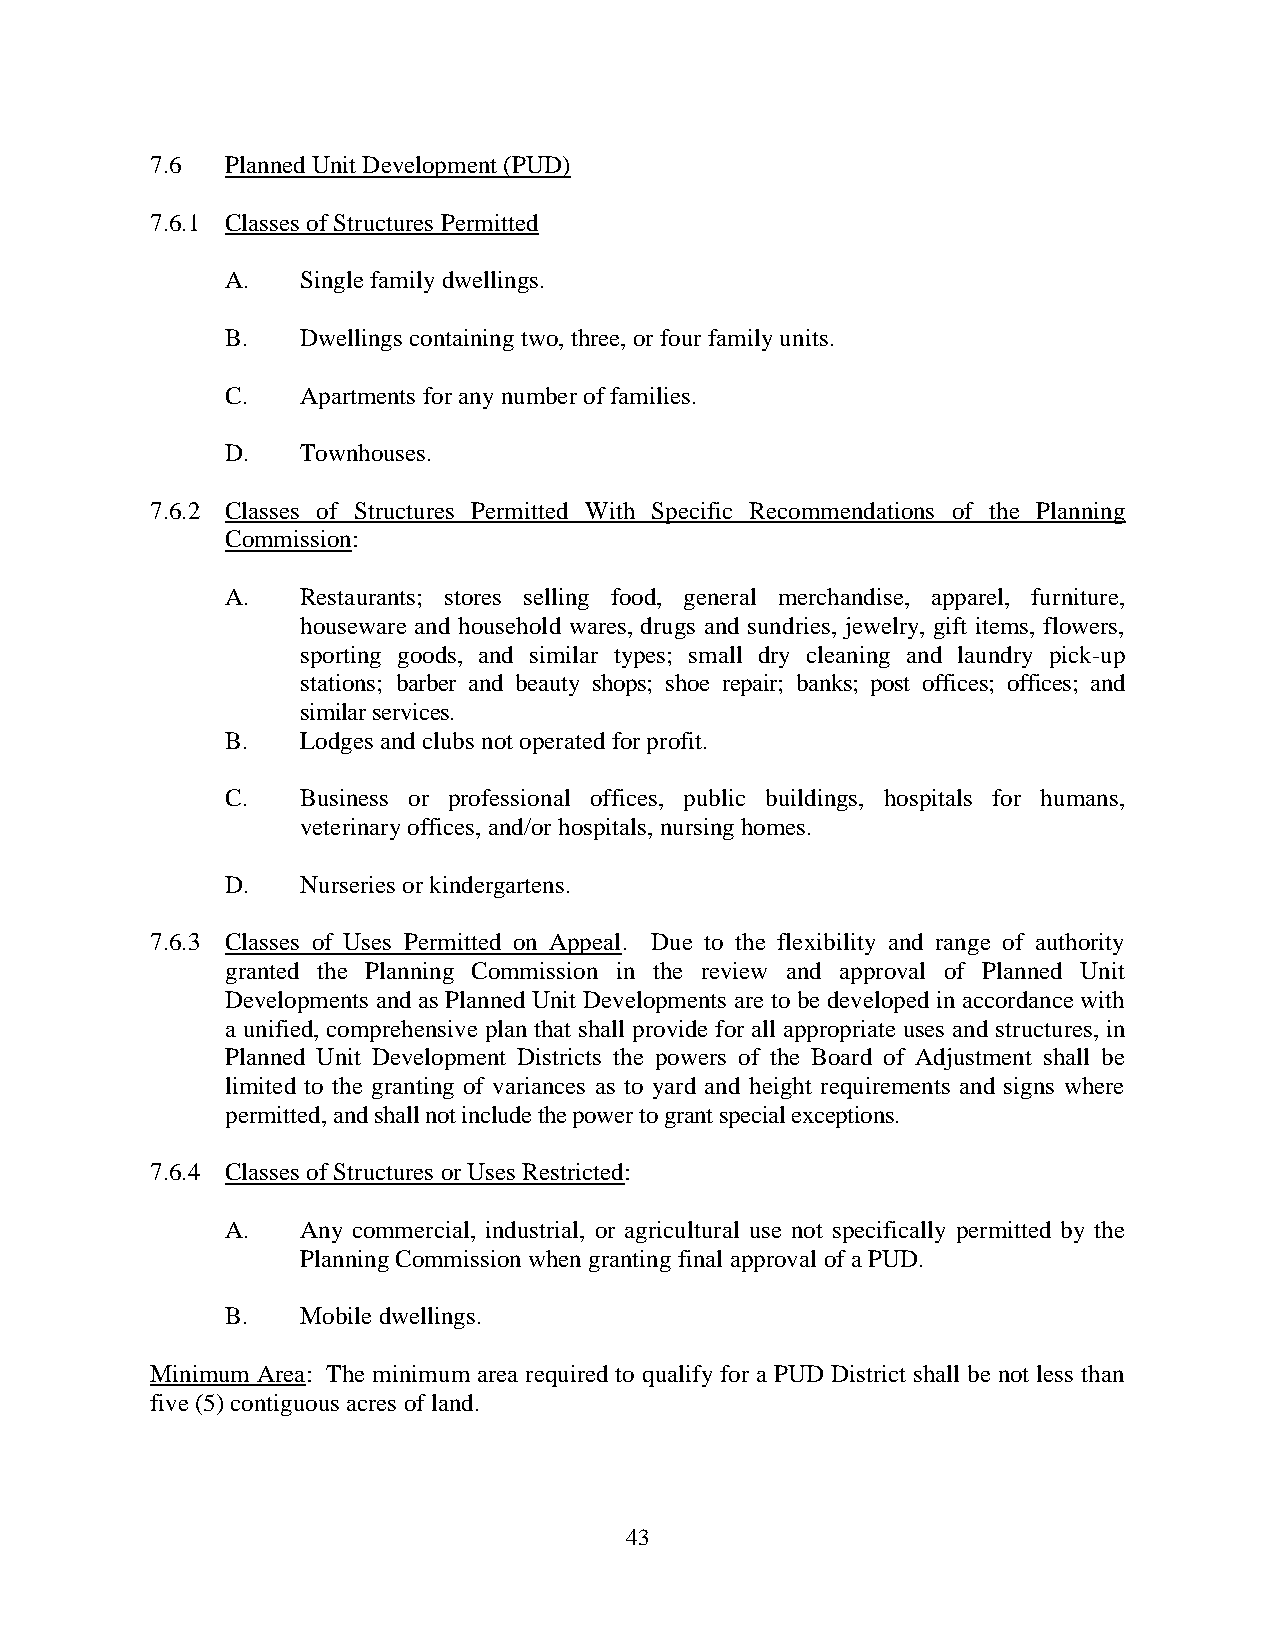
7.6  Planned Unit Development (PUD)
 7.6.1 Classes of Structures Permitted
 A.   Single family dwellings.
 B.   Dwellings containing two, three, or four family units.
 C.   Apartments for any number of families.
 D.   Townhouses.
 7.6.2 Classes of Structures Permitted With Specific Recommendations of the Planning
 Commission:
 A.   Restaurants; stores selling food, general merchandise, apparel, furniture,
 houseware and household wares, drugs and sundries, jewelry, gift items, flowers,
 sporting goods, and similar types; small dry cleaning and laundry pick-up
 stations; barber and beauty shops; shoe repair; banks; post offices; offices; and
 similar services.
 B.   Lodges and clubs not operated for profit.
 C.   Business or professional offices, public buildings, hospitals for humans,
 veterinary offices, and/or hospitals, nursing homes.
 D.   Nurseries or kindergartens.
 7.6.3 Classes of Uses Permitted on Appeal. Due to the flexibility and range of authority
 granted the Planning Commission in the review and approval of Planned Unit
 Developments and as Planned Unit Developments are to be developed in accordance with
 a unified, comprehensive plan that shall provide for all appropriate uses and structures, in
 Planned Unit Development Districts the powers of the Board of Adjustment shall be
 limited to the granting of variances as to yard and height requirements and signs where
 permitted, and shall not include the power to grant special exceptions.
 7.6.4 Classes of Structures or Uses Restricted:
 A.   Any commercial, industrial, or agricultural use not specifically permitted by the
 Planning Commission when granting final approval of a PUD.
 B.   Mobile dwellings.
 Minimum Area: The minimum area required to qualify for a PUD District shall be not less than
 five (5) contiguous acres of land.
 43